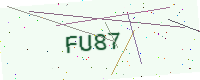
Text: FU87